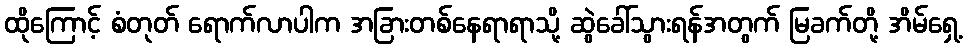
ထိုကြောင့် စံတုတ် ရောက်လာပါက အခြားတစ်နေရာရာသို့ ဆွဲခေါ်သွားရန်အတွက် မြခက်တို့ အိမ်ရှေ့